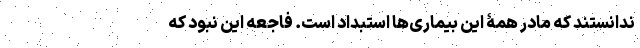
ندانستند که مادر همۀ این بیماری‌ها استبداد است. فاجعه این نبود که